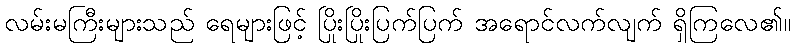
လမ်းမကြီးများသည် ရေများဖြင့် ပြိုးပြိုးပြက်ပြက် အရောင်လက်လျက် ရှိကြလေ၏။